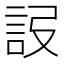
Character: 𧦮